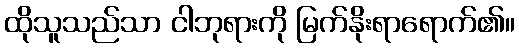
ထိုသူသည်သာ ငါဘုရားကို မြက်နိုးရာရောက်၏။